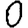
Digit: 0